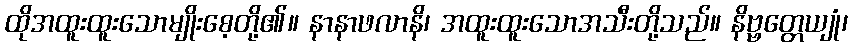
ထိုအထူးထူးသောမျိုးစေ့တို့၏။ နာနာဖလာနိ၊ အထူးထူးသောအသီးတို့သည်။ နိဗ္ဗတ္တေယျုံ၊